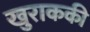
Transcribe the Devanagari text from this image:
खुराककी